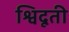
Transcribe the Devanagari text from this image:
श्विदूती